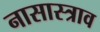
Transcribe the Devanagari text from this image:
नासास्त्राव